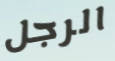
الرجل